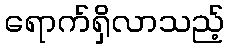
ရောက်ရှိလာသည့်